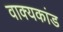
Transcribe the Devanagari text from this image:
वाक्यकांड